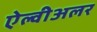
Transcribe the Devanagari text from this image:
ऐल्वीअलर